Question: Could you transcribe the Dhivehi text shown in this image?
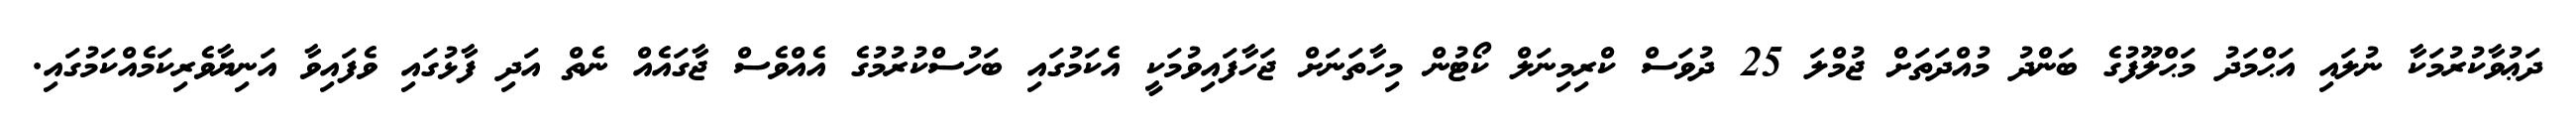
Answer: ދަޢުވާކުރުމަކާ ނުލައި އަޙްމަދު މަޙްލޫފުގެ ބަންދު މުއްދަތަށް ޖުމްލަ 25 ދުވަސް ކްރިމިނަލް ކޯޓުން މިހާތަނަށް ޖަހާފައިވުމަކީ އެކަމުގައި ބަހުސްކުރުމުގެ އެއްވެސް ޖާގައެއް ނެތް އަދި ފާޅުގައި ވެފައިވާ އަނިޔާވެރިކަމެއްކަމުގައި.